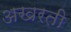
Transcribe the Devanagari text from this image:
अखरती